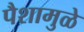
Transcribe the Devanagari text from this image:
पैशामुळे